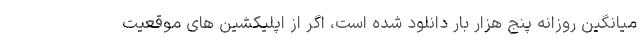
میانگین روزانه پنج هزار بار دانلود شده است، اگر از اپلیکشین های موقعیت